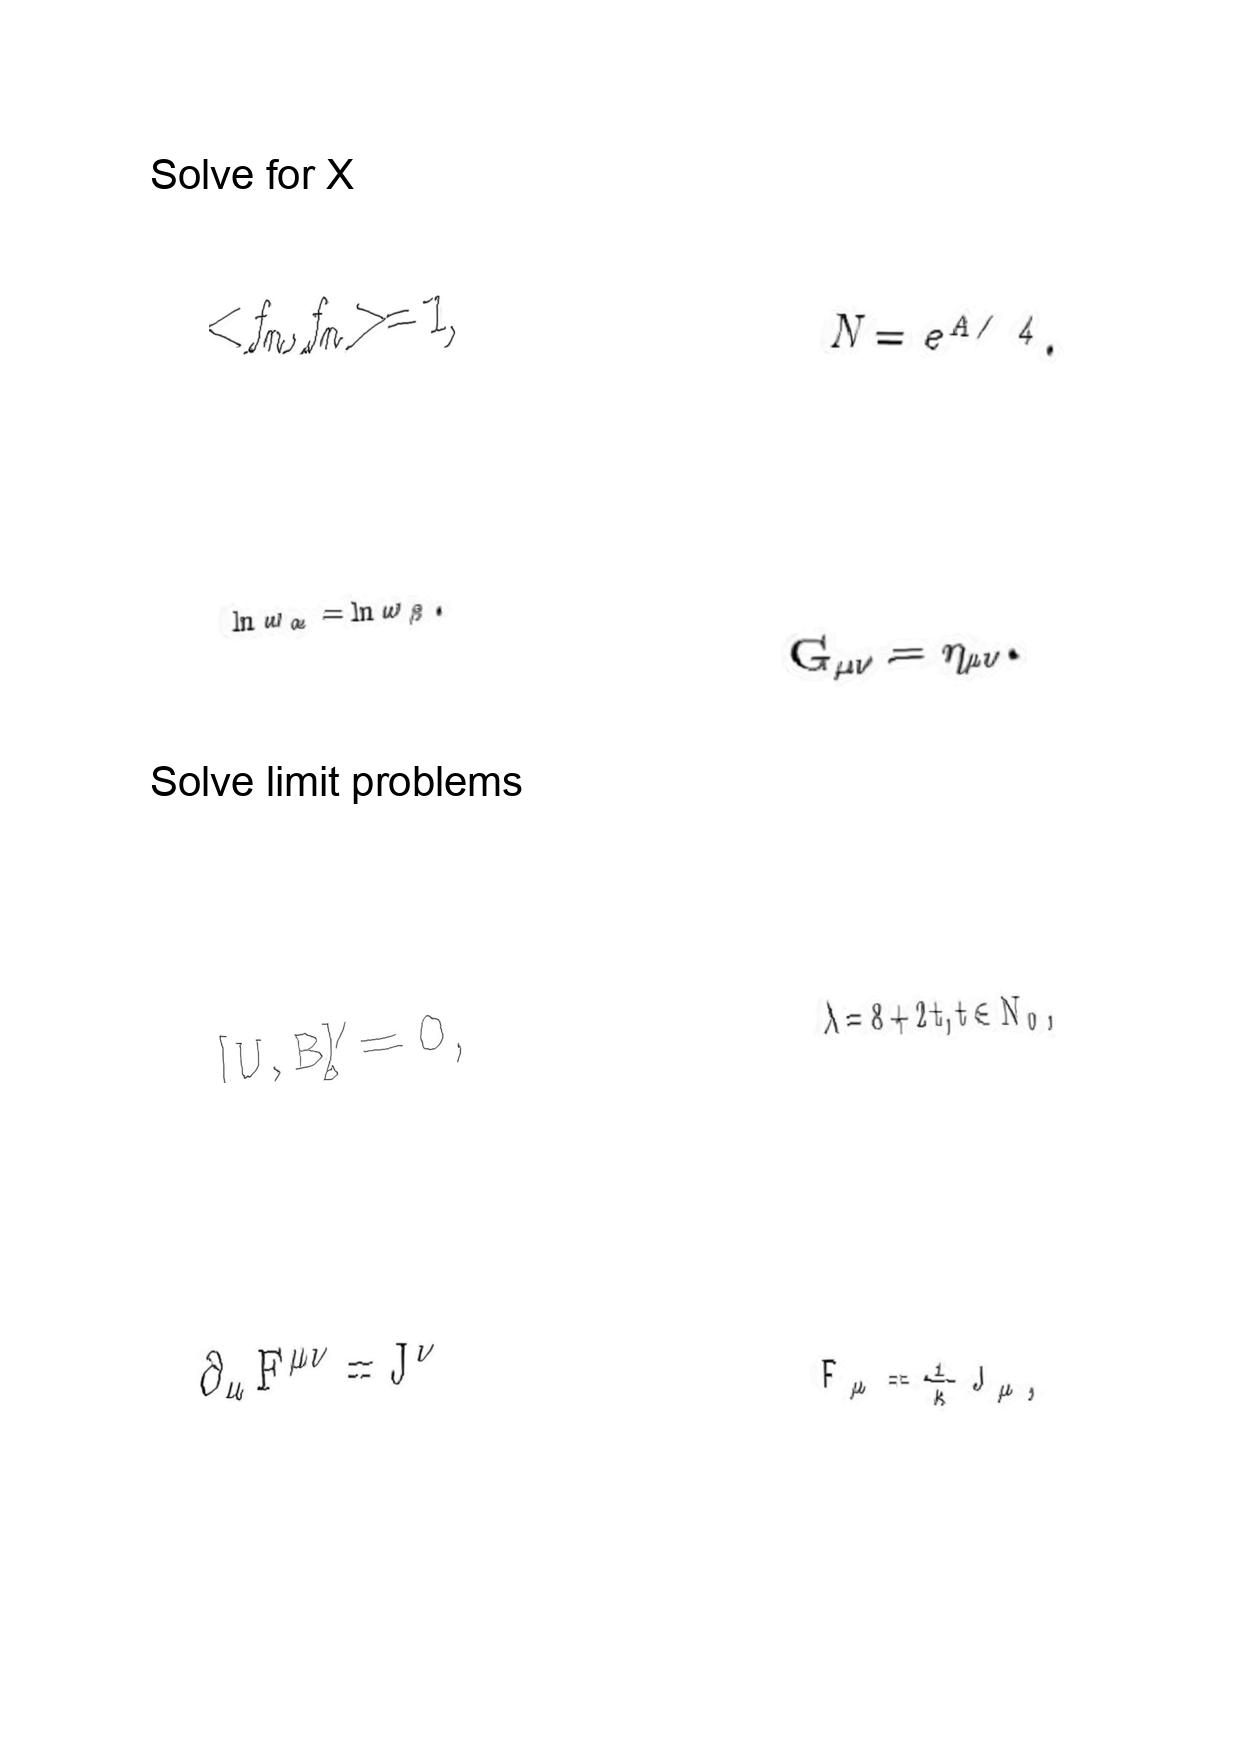
LaTeX transcription:
\lt f _ { n } , f _ { n } \gt = 1 ,
\ln \omega _ { \alpha } = \ln \omega _ { \beta } .
\lbrack U , B \rbrack \neq 0 ,
\partial _ { \mu } F ^ { \mu \nu } = J ^ { \nu }
N = e ^ { A / 4 } .
G _ { \mu \nu } = \eta _ { \mu \nu } .
\lambda = 8 + 2 t , t \in N _ { 0 } ,
F _ { \mu } = \frac { 1 } { \kappa } J _ { \mu } ,